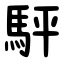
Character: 駍